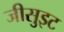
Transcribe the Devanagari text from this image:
जीसुइट